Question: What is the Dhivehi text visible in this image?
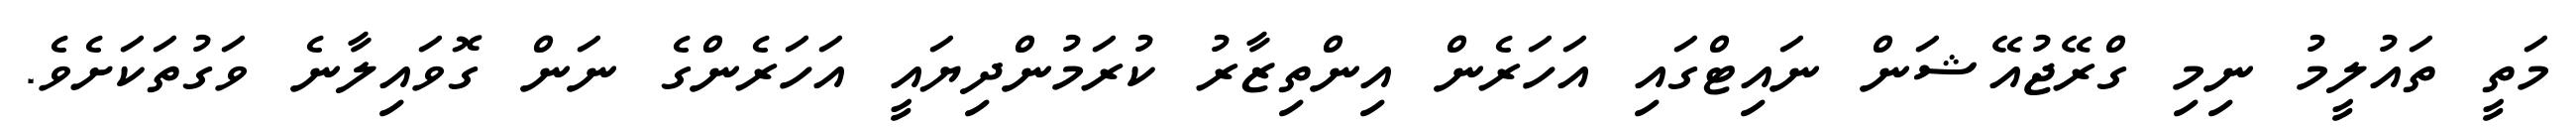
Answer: މަތީ ތައުލީމު ނިމި ގްރޭޖުއޭޝަން ނައިޓްގައި އަހަރެން އިންތިޒާރު ކުރަމުންދިޔައީ އަހަރެންގެ ނަން ގޮވައިލާނެ ވަގުތަކަށެވެ.